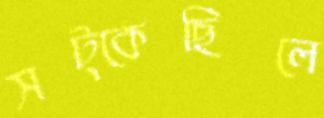
সট্‌কেছিলে